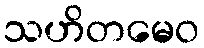
သဟိတမေဝ